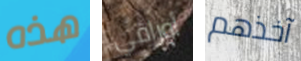
هذه أوراقي آخذهم